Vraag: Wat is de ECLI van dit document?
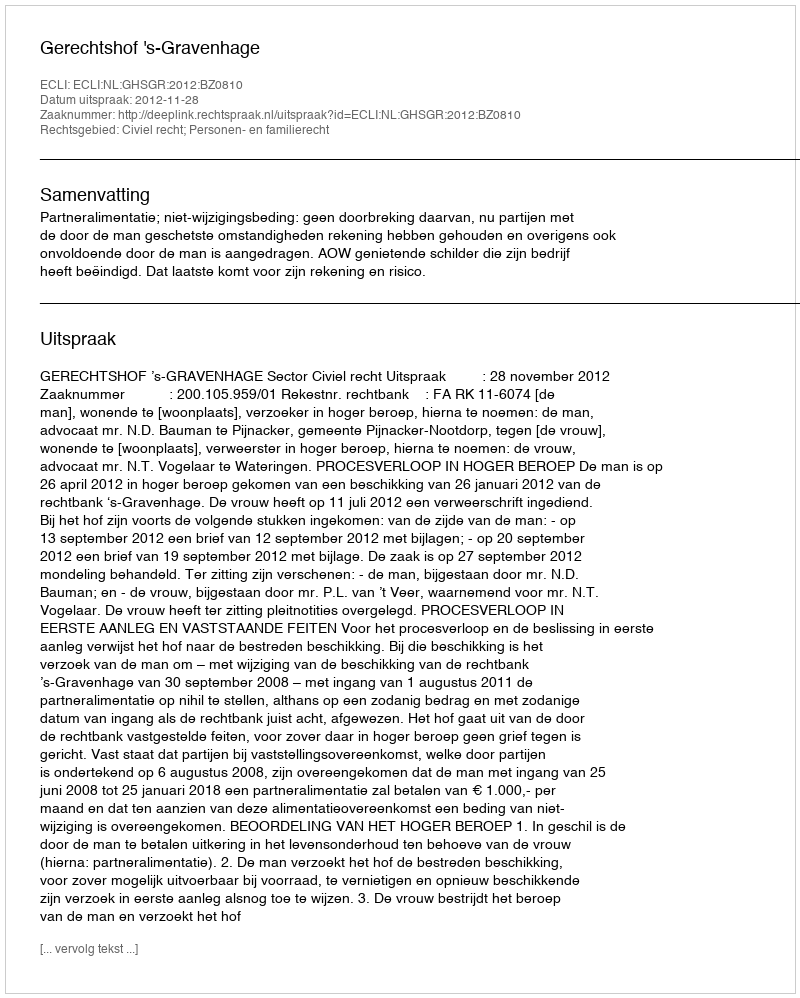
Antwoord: ECLI:NL:GHSGR:2012:BZ0810